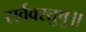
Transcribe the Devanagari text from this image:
सर्ववस्तुषु॥